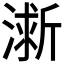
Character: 𪷀